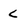
Character: C